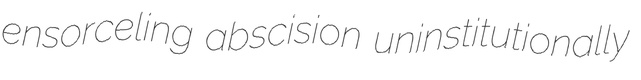
ensorceling abscision uninstitutionally